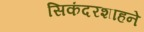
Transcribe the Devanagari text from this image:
सिकंदरशाहने